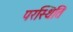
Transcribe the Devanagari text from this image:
परस्थिति